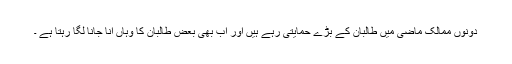
دونوں ممالک ماضی میں طالبان کے بڑے حمایتی رہے ہیں اور اب بھی بعض طالبان کا وہاں آنا جانا لگا رہتا ہے ۔